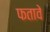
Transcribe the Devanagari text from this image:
फतावे